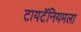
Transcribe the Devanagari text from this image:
टायटॅनियमला